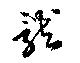
龍